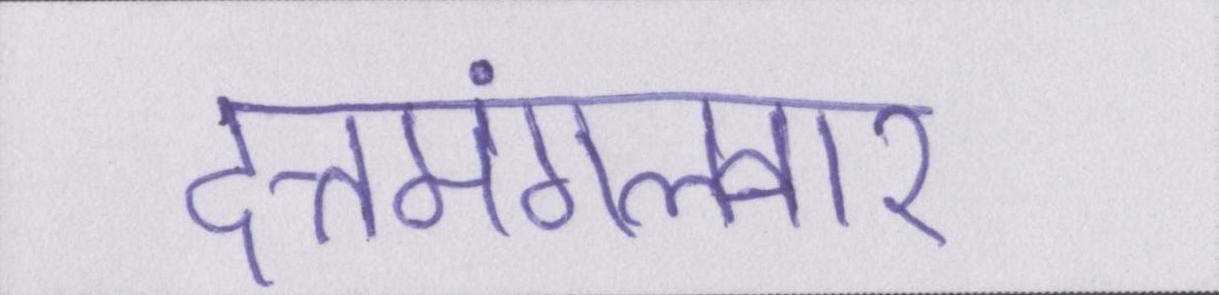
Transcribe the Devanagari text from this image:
दत्तमंगलवार